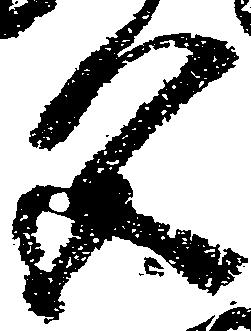
色